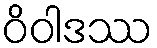
ဝိဝါဒဿ